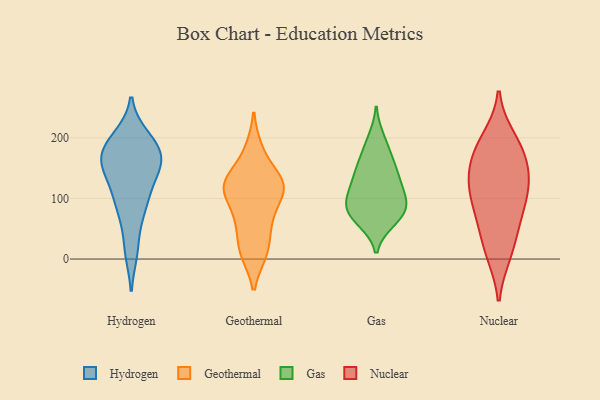
{"axis": {"x": "Energy Usage (MWh)", "y": "Value"}, "legend": ["Gas", "Geothermal", "Hydrogen", "Nuclear"], "data": [{"x": "", "y": 198, "type": "Hydrogen"}, {"x": "", "y": 79, "type": "Hydrogen"}, {"x": "", "y": 171, "type": "Hydrogen"}, {"x": "", "y": 91, "type": "Hydrogen"}, {"x": "", "y": 82, "type": "Hydrogen"}, {"x": "", "y": 200, "type": "Hydrogen"}, {"x": "", "y": 145, "type": "Hydrogen"}, {"x": "", "y": 181, "type": "Hydrogen"}, {"x": "", "y": 146, "type": "Hydrogen"}, {"x": "", "y": 160, "type": "Hydrogen"}, {"x": "", "y": 17, "type": "Hydrogen"}, {"x": "", "y": 179, "type": "Hydrogen"}, {"x": "", "y": 99, "type": "Hydrogen"}, {"x": "", "y": 191, "type": "Hydrogen"}, {"x": "", "y": 157, "type": "Hydrogen"}, {"x": "", "y": 172, "type": "Hydrogen"}, {"x": "", "y": 122, "type": "Hydrogen"}, {"x": "", "y": 146, "type": "Hydrogen"}, {"x": "", "y": 14, "type": "Hydrogen"}, {"x": "", "y": 112, "type": "Geothermal"}, {"x": "", "y": 115, "type": "Geothermal"}, {"x": "", "y": 119, "type": "Geothermal"}, {"x": "", "y": 124, "type": "Geothermal"}, {"x": "", "y": 14, "type": "Geothermal"}, {"x": "", "y": 66, "type": "Geothermal"}, {"x": "", "y": 11, "type": "Geothermal"}, {"x": "", "y": 62, "type": "Geothermal"}, {"x": "", "y": 180, "type": "Geothermal"}, {"x": "", "y": 135, "type": "Geothermal"}, {"x": "", "y": 116, "type": "Gas"}, {"x": "", "y": 180, "type": "Gas"}, {"x": "", "y": 86, "type": "Gas"}, {"x": "", "y": 72, "type": "Gas"}, {"x": "", "y": 149, "type": "Gas"}, {"x": "", "y": 94, "type": "Gas"}, {"x": "", "y": 64, "type": "Gas"}, {"x": "", "y": 198, "type": "Gas"}, {"x": "", "y": 76, "type": "Gas"}, {"x": "", "y": 72, "type": "Gas"}, {"x": "", "y": 110, "type": "Gas"}, {"x": "", "y": 147, "type": "Gas"}, {"x": "", "y": 110, "type": "Gas"}, {"x": "", "y": 147, "type": "Gas"}, {"x": "", "y": 10, "type": "Nuclear"}, {"x": "", "y": 118, "type": "Nuclear"}, {"x": "", "y": 181, "type": "Nuclear"}, {"x": "", "y": 162, "type": "Nuclear"}, {"x": "", "y": 129, "type": "Nuclear"}, {"x": "", "y": 182, "type": "Nuclear"}, {"x": "", "y": 198, "type": "Nuclear"}, {"x": "", "y": 55, "type": "Nuclear"}, {"x": "", "y": 83, "type": "Nuclear"}, {"x": "", "y": 117, "type": "Nuclear"}, {"x": "", "y": 134, "type": "Nuclear"}, {"x": "", "y": 75, "type": "Nuclear"}, {"x": "", "y": 15, "type": "Nuclear"}]}